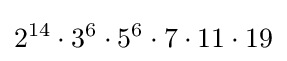
2^{14}\cdot 3^{6}\cdot 5^{6}\cdot 7\cdot 11\cdot 19